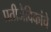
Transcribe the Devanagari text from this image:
प्रतीजैविकांचे